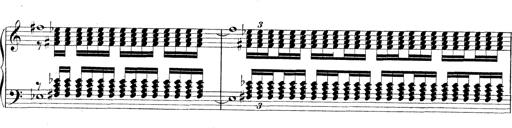
Title: Technische Studien
Composer: Franz Liszt